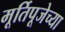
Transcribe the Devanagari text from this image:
मूर्तिपूजेच्या